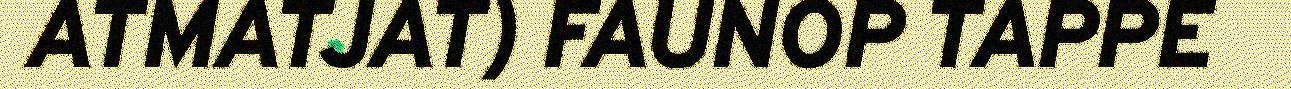
ATMATJAT) FAUNOP TAPPE